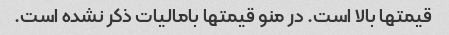
قیمتها بالا است. در منو قیمتها بامالیات ذکر نشده است.